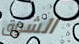
الشوق